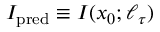
I _ { \mathrm { p r e d } } \equiv I ( x _ { 0 } ; \ell _ { \tau } )